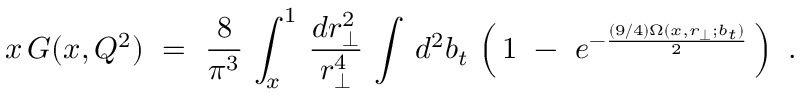
x \, G ( x , Q ^ { 2 } ) \, \, = \, \, \frac { 8 } { \pi ^ { 3 } } \, \int _ { x } ^ { 1 } \, \frac { d r _ { \perp } ^ { 2 } } { r _ { \perp } ^ { 4 } } \, \int \, d ^ { 2 } b _ { t } \, \left( \, 1 \, \, - \, \, e ^ { - \frac { ( 9 / 4 ) \Omega ( x , r _ { \perp } ; b _ { t } ) } { 2 } } \, \right) \, \, .